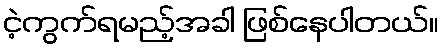
ငဲ့ကွက်ရမည့်အခါ ဖြစ်နေပါတယ်။